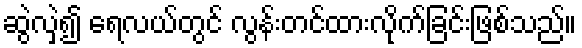
ဆွဲလှဲ၍ ရေလယ်တွင် လွန်းတင်ထားလိုက်ခြင်းဖြစ်သည်။